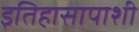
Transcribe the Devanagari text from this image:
इतिहासापाशी